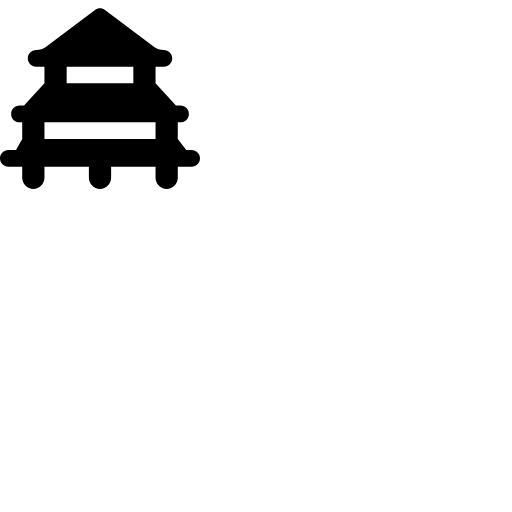
<svg width="200" height="200" xmlns="http://www.w3.org/2000/svg" viewBox="0 0 576 512"><path fill="currentColor" d="M273.6-3.2c8.5-6.4 20.3-6.4 28.8 0l140.8 105.6c8.3 6.2 18.4 9.6 28.8 9.6c13.3 0 24 10.7 24 24s-10.7 24-24 24h-24v48l58.7 64H520c13.3 0 24 10.7 24 24s-10.7 24-24 24h-8v48l24.4 32H552c13.3 0 24 10.7 24 24s-10.7 24-24 24h-40v32c0 17.7-14.3 32-32 32s-32-14.3-32-32v-32H320v32c0 17.7-14.3 32-32 32s-32-14.3-32-32v-32H128v32c0 17.7-14.3 32-32 32s-32-14.3-32-32v-32H24c-13.3 0-24-10.7-24-24s10.7-24 24-24h22.1L64 368v-48h-8c-13.3 0-24-10.7-24-24s10.7-24 24-24h13.3l58.7-64v-48h-24c-13.3 0-24-10.7-24-24s10.7-24 24-24c10.4 0 20.5-3.4 28.8-9.6zM128 368h320v-48H128zm256-208H192v48h192z"/></svg>